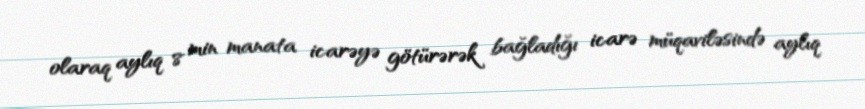
olaraq aylıq 8 min manata icarəyə götürərək bağladığı icarə müqaviləsində aylıq